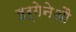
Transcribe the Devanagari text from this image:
इर्गेनेऔ